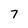
Character: 7